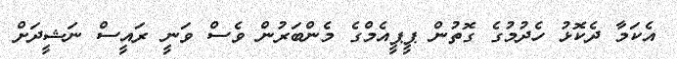
އެކަމާ ދެކޮޅު ހެދުމުގެ ގޮތުން ޕީޕީއެމްގެ މެންބަރުން ވެސް ވަނީ ރައީސް ނަޝީދަށް